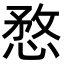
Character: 愗